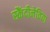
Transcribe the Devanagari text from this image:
स्कैंदीनेविया